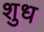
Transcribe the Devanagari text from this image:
शुध